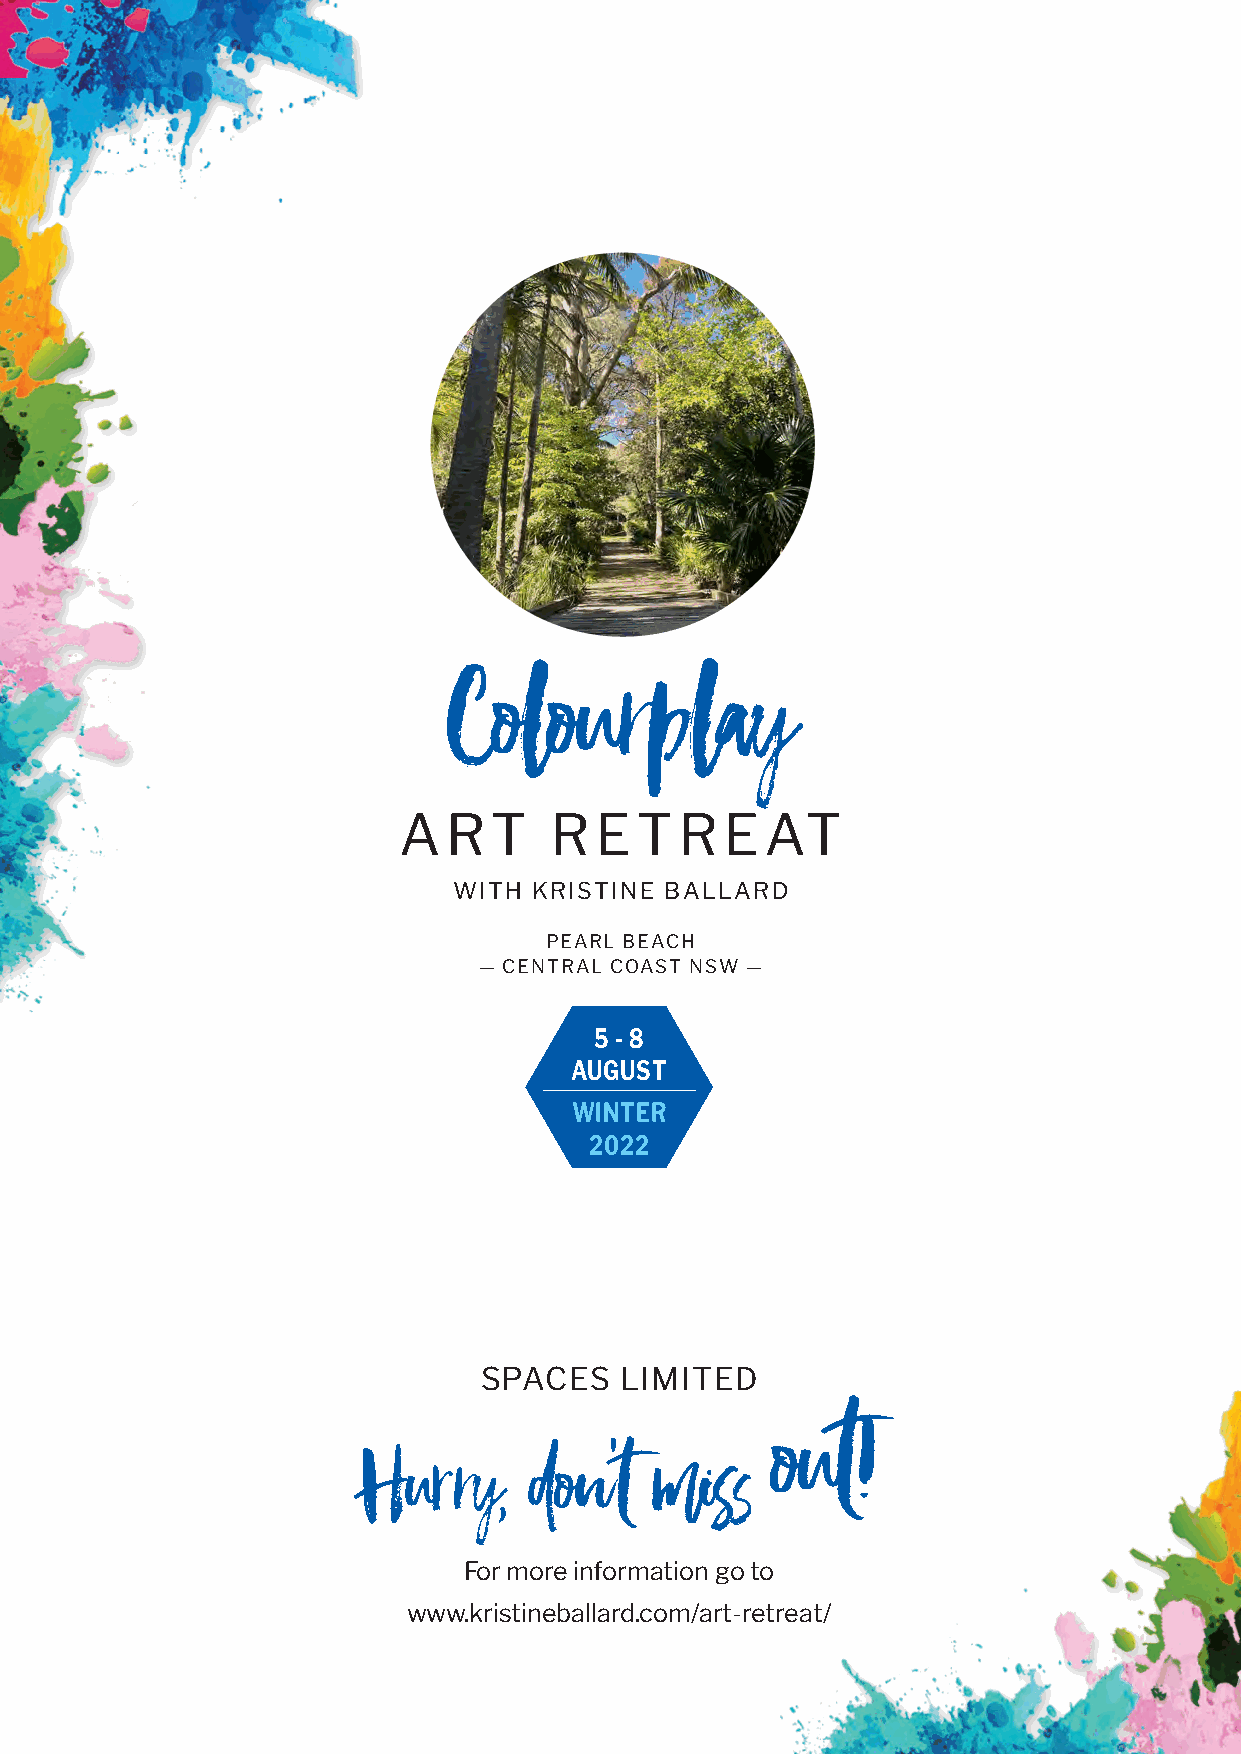
Colourplay
 ART       RETREAT
 WITH KRISTINE BALLARD
 PEARL BEACH
 — CENTRAL COAST NSW —
 5 - 8
 AUGUST
 WINTER
 2022
 SSPPAACCEESS LLIIMMIITTEEDD out!
 Hurry,     don't   miss
 For more information go to
 www.kristineballard.com/art-retreat/